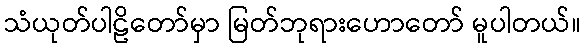
သံယုတ်ပါဠိတော်မှာ မြတ်ဘုရားဟောတော် မူပါတယ်။